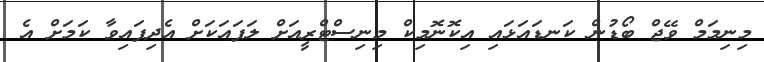
މިނިމަމް ވޭޖް ބޯޑުން ކަނޑައަޅައި އިކޮނޮމިކް މިނިސްޓްރީއަށް ލަފައަކަށް އެދިފައިވާ ކަމަށް އެ